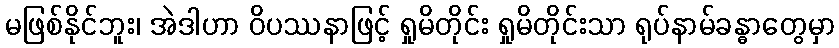
မဖြစ်နိုင်ဘူး၊ အဲဒါဟာ ဝိပဿနာဖြင့် ရှုမိတိုင်း ရှုမိတိုင်းသာ ရုပ်နာမ်ခန္ဓာတွေမှာ